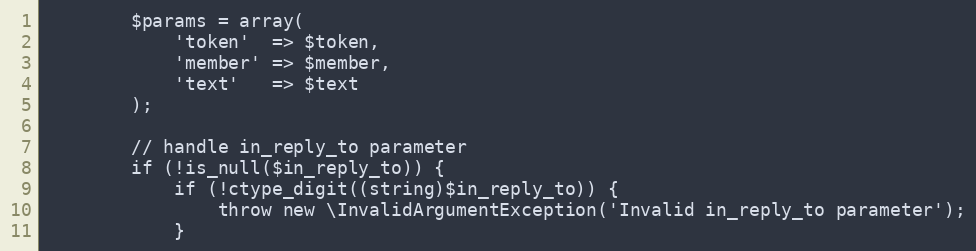
Language: PHP
        $params = array(
            'token'  => $token,
            'member' => $member,
            'text'   => $text
        );

        // handle in_reply_to parameter
        if (!is_null($in_reply_to)) {
            if (!ctype_digit((string)$in_reply_to)) {
                throw new \InvalidArgumentException('Invalid in_reply_to parameter');
            }